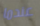
عندما